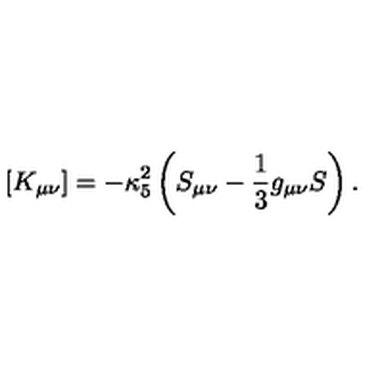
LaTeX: \left[ K _ { \mu \nu } \right] = - \kappa _ { 5 } ^ { 2 } \left( S _ { \mu \nu } - { \frac { 1 } { 3 } } g _ { \mu \nu } S \right) .